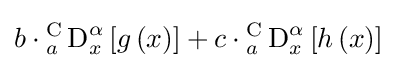
b\cdot {_{a}^{\text{C}}\operatorname {D} _{x}^{\alpha }}\left[g\left(x\right)\right]+c\cdot {_{a}^{\text{C}}\operatorname {D} _{x}^{\alpha }}\left[h\left(x\right)\right]